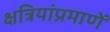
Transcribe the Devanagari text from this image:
क्षत्रियांप्रमाणें